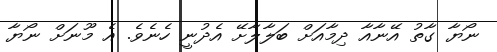
ނޯޔާ ގާތު އޭނާއާ ދިމާއަށް ބަލާލާށޭ އެދުނީ ހެނެވެ. އެ މޫނަށް ނޯޔާ